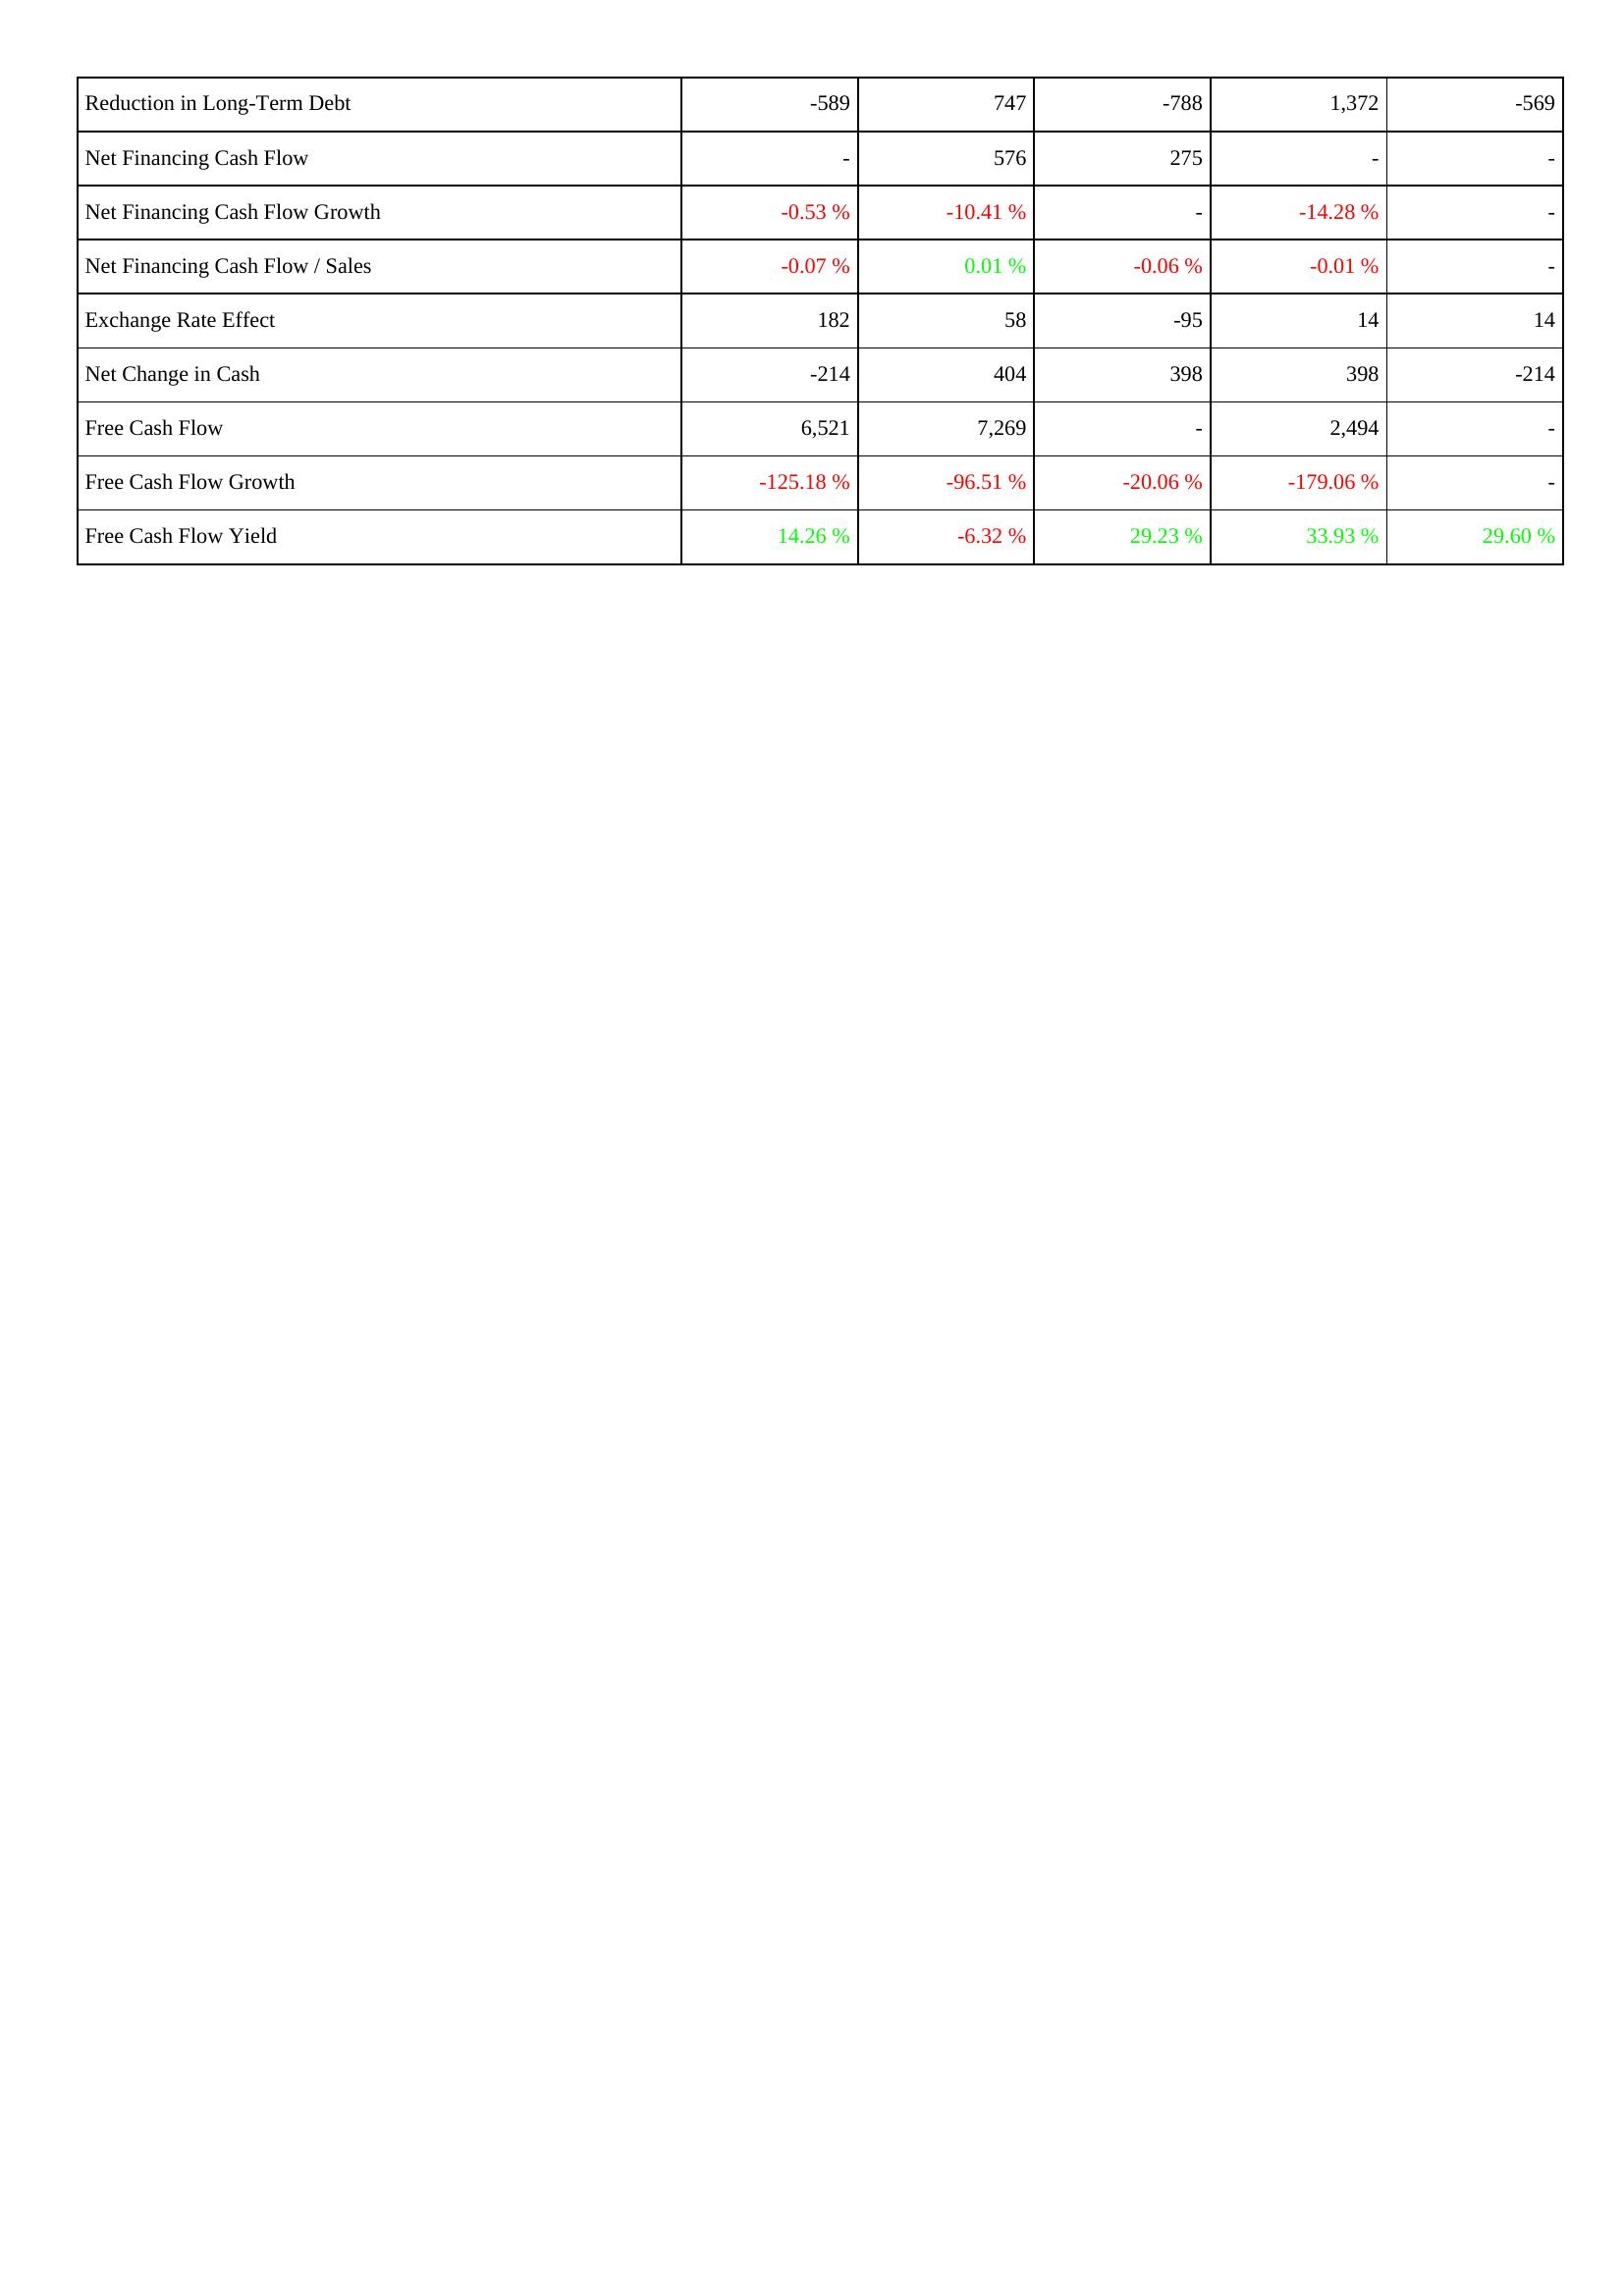
2020: Financing Activities: Reduction in Long-Term Debt: -589
Net Financing Cash Flow: -
Net Financing Cash Flow Growth: -0.53 %
Net Financing Cash Flow / Sales: -0.07 %
Exchange Rate Effect: 182
Net Change in Cash: -214
Free Cash Flow: 6,521
Free Cash Flow Growth: -125.18 %
Free Cash Flow Yield: 14.26 %
2019: Financing Activities: Reduction in Long-Term Debt: 747
Net Financing Cash Flow: 576
Net Financing Cash Flow Growth: -10.41 %
Net Financing Cash Flow / Sales: 0.01 %
Exchange Rate Effect: 58
Net Change in Cash: 404
Free Cash Flow: 7,269
Free Cash Flow Growth: -96.51 %
Free Cash Flow Yield: -6.32 %
2018: Financing Activities: Reduction in Long-Term Debt: -788
Net Financing Cash Flow: 275
Net Financing Cash Flow Growth: -
Net Financing Cash Flow / Sales: -0.06 %
Exchange Rate Effect: -95
Net Change in Cash: 398
Free Cash Flow: -
Free Cash Flow Growth: -20.06 %
Free Cash Flow Yield: 29.23 %
2017: Financing Activities: Reduction in Long-Term Debt: 1,372
Net Financing Cash Flow: -
Net Financing Cash Flow Growth: -14.28 %
Net Financing Cash Flow / Sales: -0.01 %
Exchange Rate Effect: 14
Net Change in Cash: 398
Free Cash Flow: 2,494
Free Cash Flow Growth: -179.06 %
Free Cash Flow Yield: 33.93 %
2016: Financing Activities: Reduction in Long-Term Debt: -569
Net Financing Cash Flow: -
Net Financing Cash Flow Growth: -
Net Financing Cash Flow / Sales: -
Exchange Rate Effect: 14
Net Change in Cash: -214
Free Cash Flow: -
Free Cash Flow Growth: -
Free Cash Flow Yield: 29.60 %